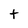
Character: t